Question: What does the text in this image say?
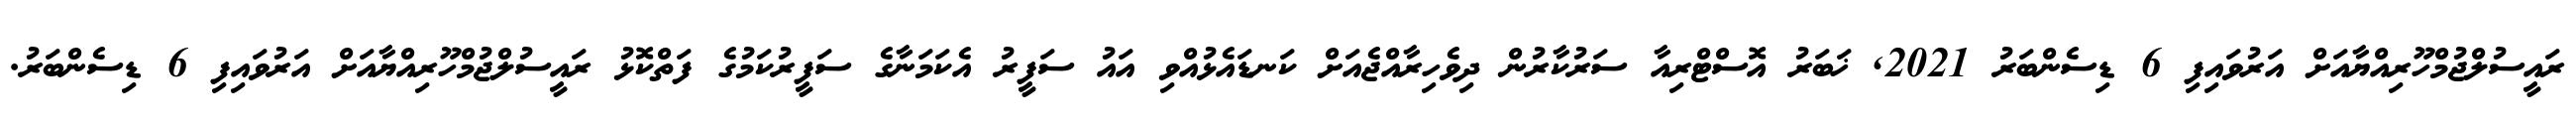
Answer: ރައީސުލްޖުމްހޫރިއްޔާއަށް އަރުވައިފި 6 ޑިސެންބަރު 2021, ޚަބަރު އޮސްޓްރިއާ ސަރުކާރުން ދިވެހިރާއްޖެއަށް ކަނޑައެޅުއްވި އައު ސަފީރު އެކަމަނާގެ ސަފީރުކަމުގެ ފަތްކޮޅު ރައީސުލްޖުމްހޫރިއްޔާއަށް އަރުވައިފި 6 ޑިސެންބަރު.